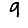
Digit: 9